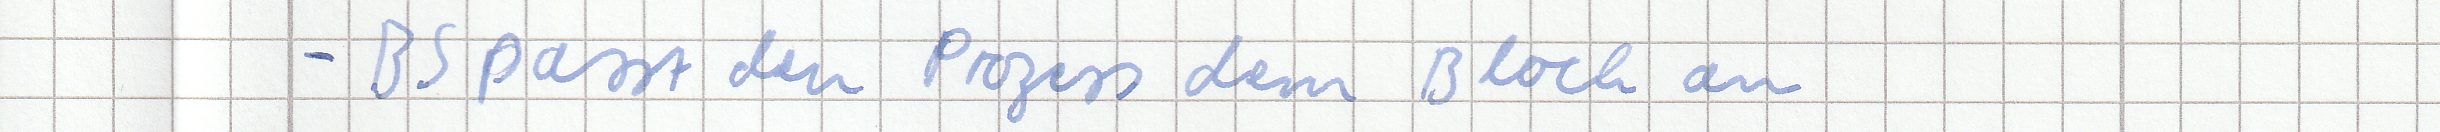
- BS passt den Prozess dem Block an